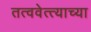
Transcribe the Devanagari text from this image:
तत्ववेत्त्याच्या